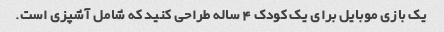
یک بازی موبایل برای یک کودک 4 ساله طراحی کنید که شامل آشپزی است.